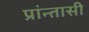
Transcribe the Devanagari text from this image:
प्रांन्तासी